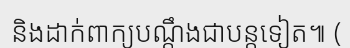
និងដាក់ពាក្យបណ្តឹងជាបន្តទៀត៕ (